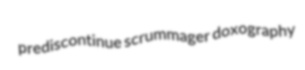
prediscontinue scrummager doxography